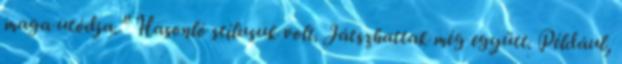
maga utódja.” Hasonló stílusuk volt. Játszhattak még együtt. Például,